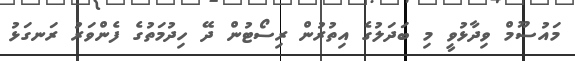
މައުސޫމް ވިދާޅުވީ މި ބަދަލުގެ އިތުރުން ރިސޯޓުން ދޭ ހިދުމަތުގެ ފެންވަރު ރަނގަޅު